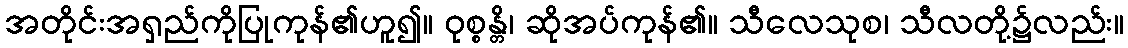
အတိုင်းအရှည်ကိုပြုကုန်၏ဟူ၍။ ဝုစ္စန္တိ၊ ဆိုအပ်ကုန်၏။ သီလေသုစ၊ သီလတို့၌လည်း။